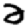
Digit: 2